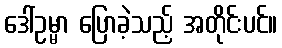
ဒေါ်ဥမ္မာ ပြောခဲ့သည့် အတိုင်းပင်။